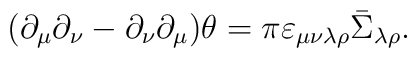
(\partial_\mu\partial_\nu-\partial_\nu\partial_\mu)\theta=\pi\varepsilon_{\mu\nu\lambda\rho}\bar\Sigma_{\lambda\rho}.